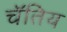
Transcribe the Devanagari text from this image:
चॅतिय